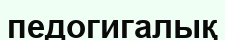
педогигалық